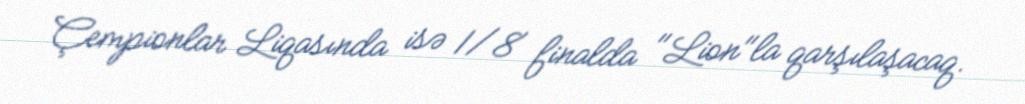
Çempionlar Liqasında isə 1/8 finalda "Lion"la qarşılaşacaq.